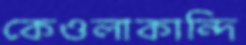
কেওলাকান্দি